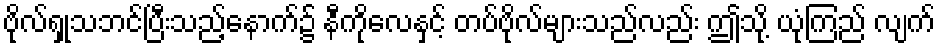
ဗိုလ်ရှုသဘင်ပြီးသည့်နောက်၌ နီကိုလေနှင့် တပ်ဗိုလ်များသည်လည်း ဤသို့ ယုံကြည် လျက်